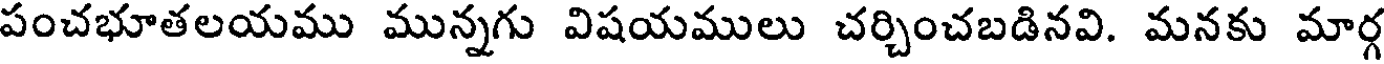
పంచభూతలయము మున్నగు విషయములు చర్చించబడినవి. మనకు మార్గ